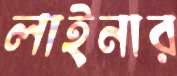
লাইনার